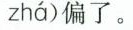
zhá )偏了。